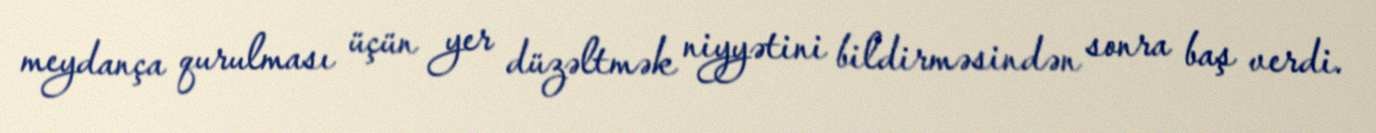
meydança qurulması üçün yer düzəltmək niyyətini bildirməsindən sonra baş verdi.